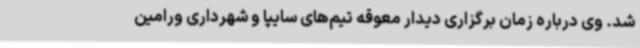
شد. وی درباره زمان برگزاری دیدار معوقه تیم‌های سایپا و شهرداری ورامین